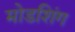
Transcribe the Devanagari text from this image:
मोडशिंग